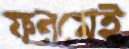
ফরমেই